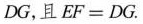
DG，且 $$EF = DG$$.